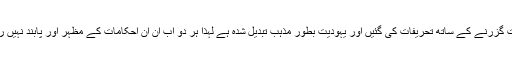
سامریوں کے نزدیک یہودی تورات میں وقت گزرنے کے ساتھ تحریفات کی گئیں اور یہودیت بطور مذہب تبدیل شدہ ہے لہذا ہر دو اب ان ان احکامات کے مظہر اور پابند نہیں رہے جو خدا نے کوہ سینا پر نازل کیے تھے۔